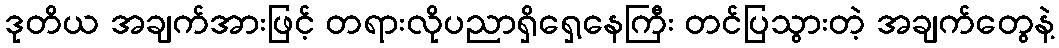
ဒုတိယ အချက်အားဖြင့် တရားလိုပညာရှိရှေ့နေကြီး တင်ပြသွားတဲ့ အချက်တွေနဲ့